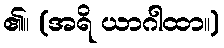
၏။ (အရိ ယာဂါထာ။)